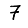
Digit: 7